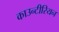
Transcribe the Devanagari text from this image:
काउन्टीरियन